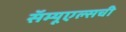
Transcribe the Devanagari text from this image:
सॅम्यूएल्सची